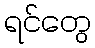
ရင်တွေ